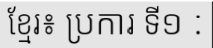
ខ្មែរ៖ ប្រការ ទី១ :